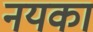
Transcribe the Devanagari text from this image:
नयका